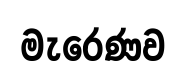
මැරෙණව